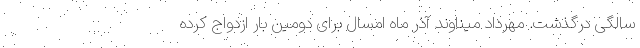
سالگی درگذشت. مهرداد میناوند آذر ماه امسال برای دومین بار ازدواج کرده